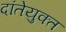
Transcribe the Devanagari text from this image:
दांतेयुक्त